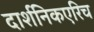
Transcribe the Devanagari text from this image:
दार्शनिकएरिच